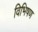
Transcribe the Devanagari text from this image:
विभिषण